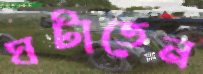
ঘটাতেন